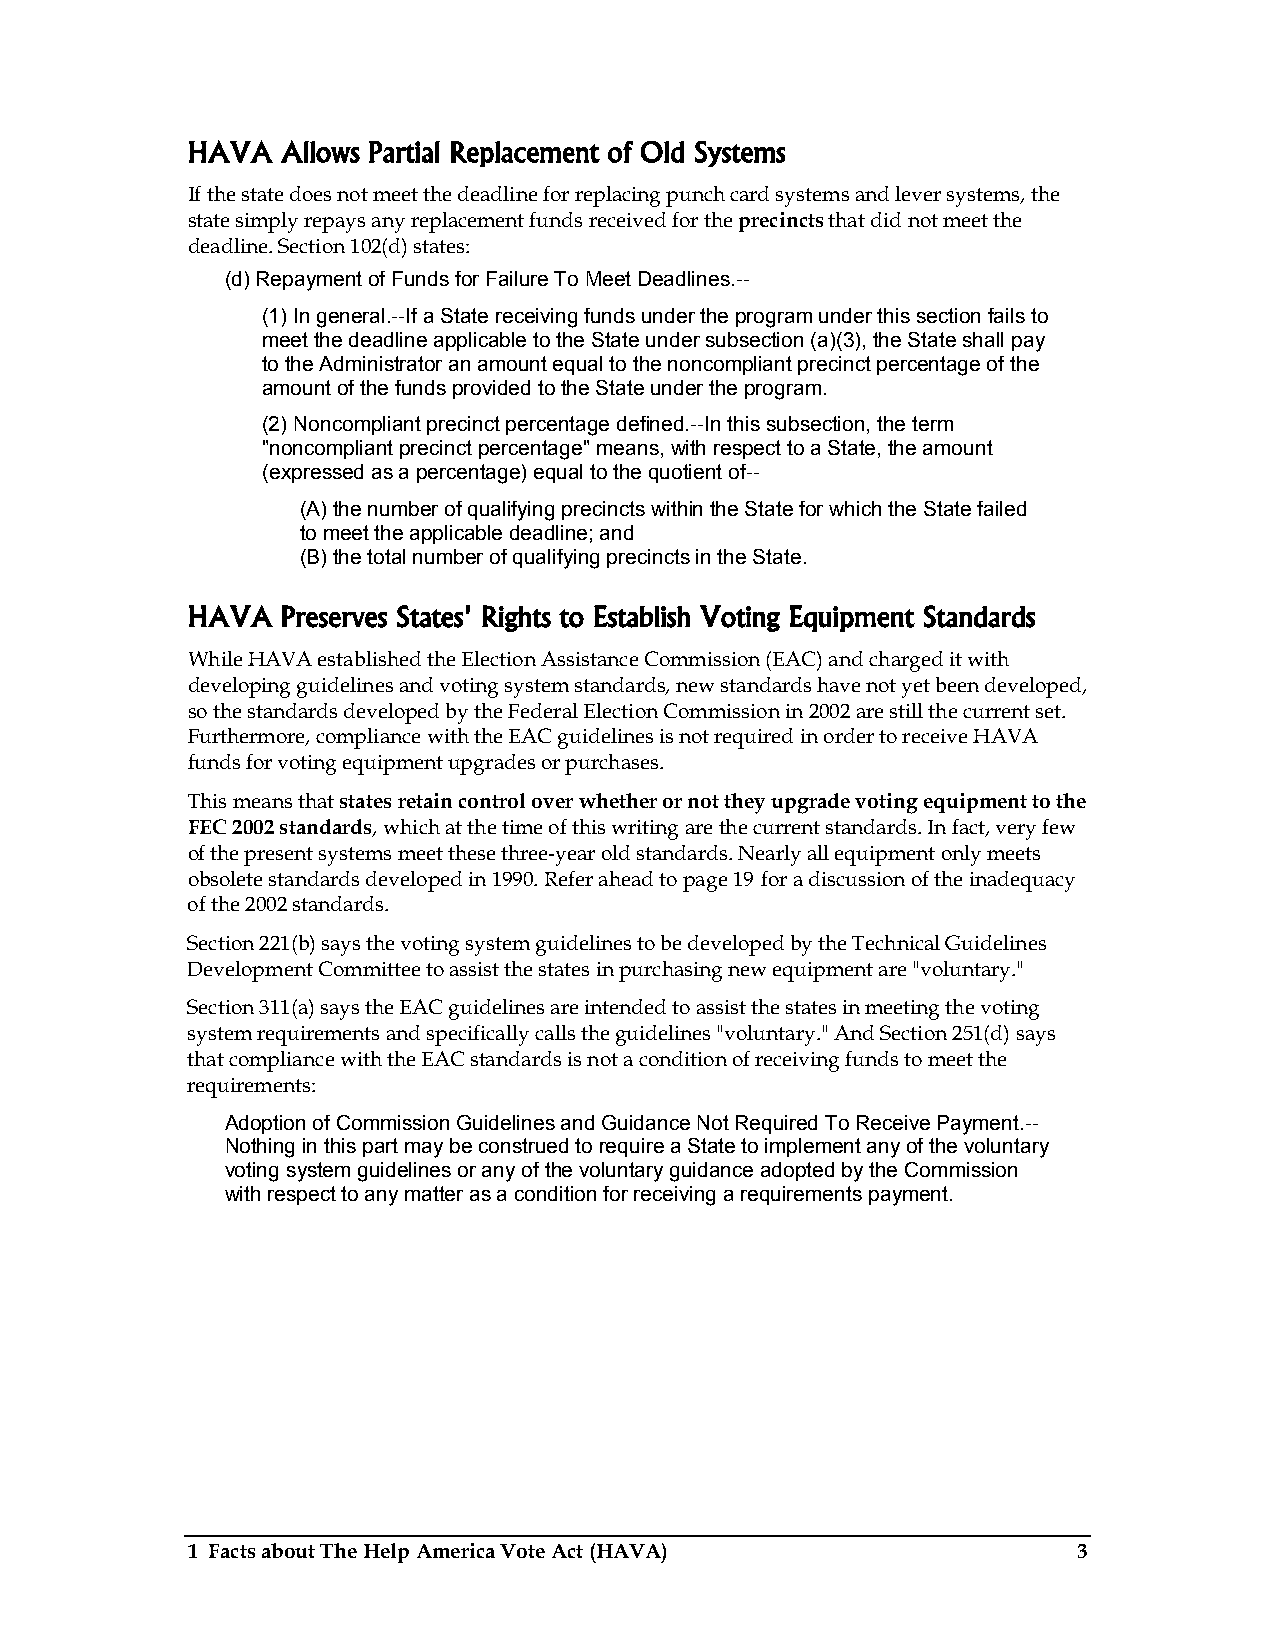
HAVA   Allows Partial Replacement of Old Systems
 If the state does not meet the deadline for replacing punch card systems and lever systems, the
 state simply repays any replacement funds received for the precincts that did not meet the
 deadline. Section 102(d) states:
 (d) Repayment of Funds for Failure To Meet Deadlines.--
 (1) In general.--If a State receiving funds under the program under this section fails to
 meet the deadline applicable to the State under subsection (a)(3), the State shall pay
 to the Administrator an amount equal to the noncompliant precinct percentage of the
 amount of the funds provided to the State under the program.
 (2) Noncompliant precinct percentage defined.--In this subsection, the term
 "noncompliant precinct percentage" means, with respect to a State, the amount
 (expressed as a percentage) equal to the quotient of--
 (A) the number of qualifying precincts within the State for which the State failed
 to meet the applicable deadline; and
 (B) the total number of qualifying precincts in the State.
 HAVA   Preserves States' Rights to Establish Voting Equipment Standards
 While HAVA established the Election Assistance Commission (EAC) and charged it with
 developing guidelines and voting system standards, new standards have not yet been developed,
 so the standards developed by the Federal Election Commission in 2002 are still the current set.
 Furthermore, compliance with the EAC guidelines is not required in order to receive HAVA
 funds for voting equipment upgrades or purchases.
 This means that states retain control over whether or not they upgrade voting equipment to the
 FEC 2002 standards, which at the time of this writing are the current standards. In fact, very few
 of the present systems meet these three-year old standards. Nearly all equipment only meets
 obsolete standards developed in 1990. Refer ahead to page 19 for a discussion of the inadequacy
 of the 2002 standards.
 Section 221(b) says the voting system guidelines to be developed by the Technical Guidelines
 Development Committee to assist the states in purchasing new equipment are "voluntary."
 Section 311(a) says the EAC guidelines are intended to assist the states in meeting the voting
 system requirements and specifically calls the guidelines "voluntary." And Section 251(d) says
 that compliance with the EAC standards is not a condition of receiving funds to meet the
 requirements:
 Adoption of Commission Guidelines and Guidance Not Required To Receive Payment.--
 Nothing in this part may be construed to require a State to implement any of the voluntary
 voting system guidelines or any of the voluntary guidance adopted by the Commission
 with respect to any matter as a condition for receiving a requirements payment.
 1 Facts about The Help America Vote Act (HAVA)             3